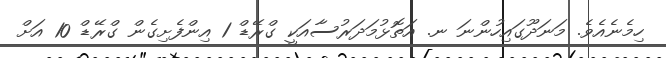
ހިމެނެއެވެ. މަނަދޫގައިހުންނަ ނ. އަތޮޅުމަދަރުސާއަކީ ގްރޭޑް 1 އިންފެށިގެން ގްރޭޑް 10 އަށް